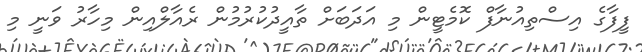
ފީފާގެ އިސްތިއުނާފް ކޮމެޓީން މި އަދަބަށް ތާއީދުކުރުމުން ރެއާލްއިން މިހާރު ވަނީ މި